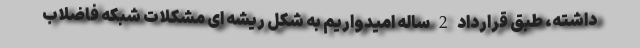
داشته، طبق قرارداد 2 ساله امیدواریم به شکل ریشه ای مشکلات شبکه فاضلاب